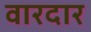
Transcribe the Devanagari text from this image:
वारदार